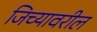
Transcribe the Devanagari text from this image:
जिच्यावरील